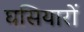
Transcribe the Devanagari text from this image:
घसियारों